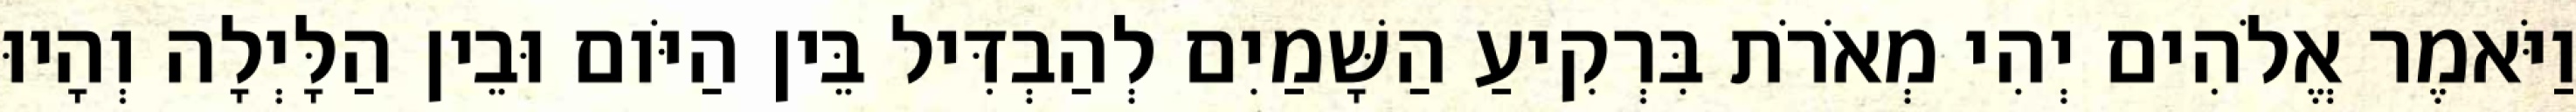
וַיֹּאמֶר אֱלֹהִים יְהִי מְאֹרֹת בִּרְקִיעַ הַשָּׁמַיִם לְהַבְדִּיל בֵּין הַיֹּום וּבֵין הַלָּיְלָה וְהָיוּ